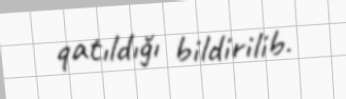
qatıldığı bildirilib.